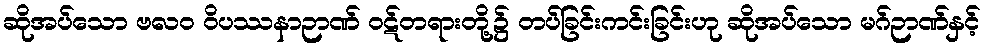
ဆိုအပ်သော ဗလဝ ဝိပဿနာဉာဏ် ဝဋ်တရားတို့၌ တပ်ခြင်းကင်းခြင်းဟု ဆိုအပ်သော မဂ်ဉာဏ်နှင့်